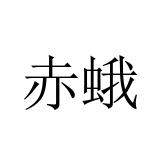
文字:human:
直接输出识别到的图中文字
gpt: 赤蛾